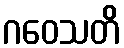
ဂဝေသတိ